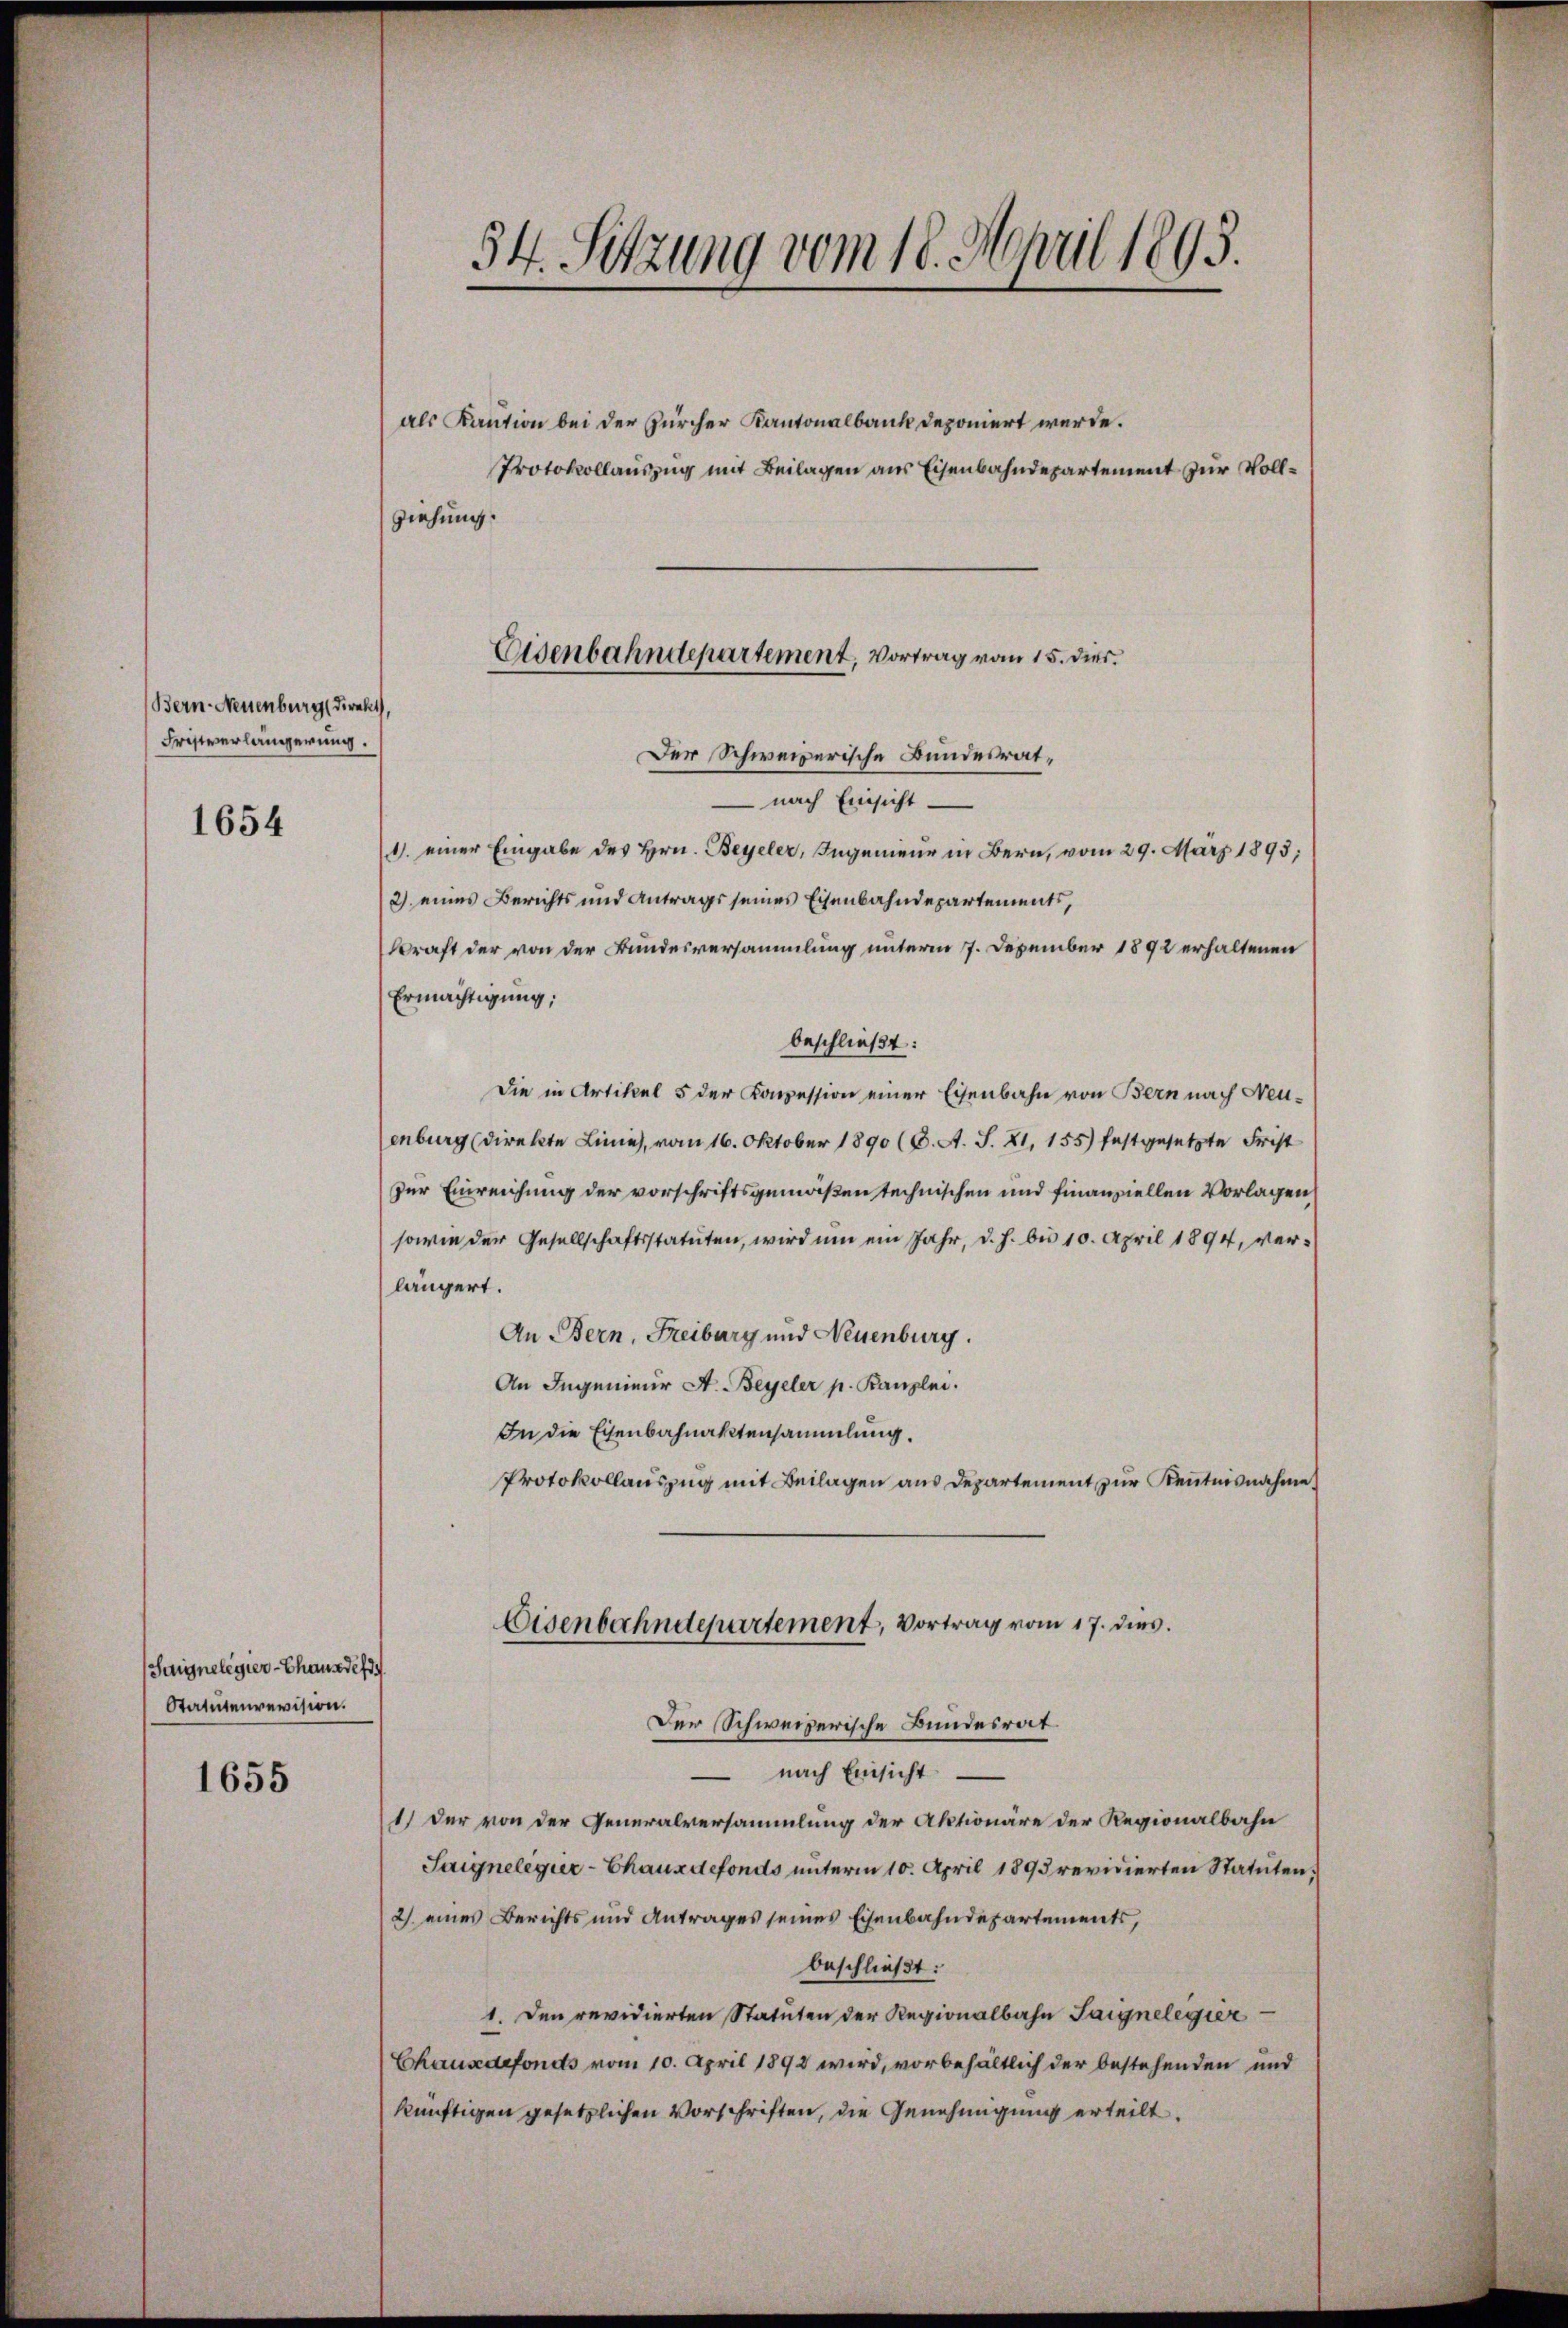
1654

1655

Bern-Neuenburg direkt
Fristverlängerung.

Suignelegier-Chausdefin
Statutenrevision.

54. Setzung vom 18. April 1893.

als Kaution bei der Zürcher Kantonalbank deponiert werde.
Protokollauszug mit Beilagen aus Eisenbahndepartement zur Voll¬
Der Schweizerische Bundesrat¬
 nach Einsicht
1. einer Eingabe des Hrn. Beyeler, Ingenieur in Bern, vom 29. März 1893;
2) eines Berichts und Antrags seines Eisenbahndepartements,
kraft der von der Bundesversammlung unterm 7. Dezember 1892 erhaltenen
Ermächtigung;
beschließt:
Die in Artikel 5 der Konzession einer Eisenbahn von Bern nach Neuenburg (direkte Linie, vom 16. Oktober 1890 (6. A. S. 21, 155) festgesetzte Frist
zur Einreichung der vorschriftsgemäßen technischen und finanziellen Vorlagen
sowie der Gesellschaftsstatuten, wird um ein Jahr, d. h. bis 10. April 1894, verlängert.
An Bern, Freiburg und Neuenburg.
An Ingenieur A. Beyeler p. Kanzlei.
In die Eisenbahnaktensammlung.
Protokollauszug mit Beilagen aus Departement zur Kenntnisnahme
Eisenbahndepartement, Vortrag vom 17. dies
Der Schweizerische Bundesrat
 nach Einsicht
1.) Der von der Generalversammlung der Aktionäre der Regionalbahn
Saignelegier-Chauxdefonds unterm 10. April 1893 revidierten Statuten,
2) eines Berichts und Antrages seines Eisenbahndepartements,
beschließt:
1. Den revidierten Statuten der Regionalbahn Saignelegier
Chausedefonds vom 10. April 1892 wird, vorbehältlich der bestehenden und
künftigen gesetzlichen Vorschriften, die Genehmigung erteilt.

ziehung.

Eisenbahndepartement, Vortrag vom 15. dir.